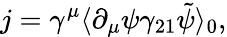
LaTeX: j=\gamma^{\mu}\langle\partial_{\mu}\psi\gamma_{21}\tilde{\psi}\rangle_{0},